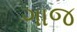
ગાજ